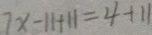
7 x - 1 1 + 1 1 = 4 + 1 1